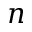
n